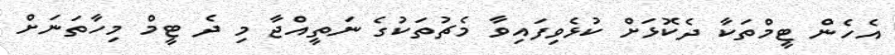
އެހެން ޓީމްތަކާ ދެކޮޅަށް ކުޅެވިފައިވާ މެޗުތަކުގެ ނަތީއްޖާ މި ދެ ޓީމް މިހާތަނަށް